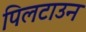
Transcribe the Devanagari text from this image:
पिलटाउन